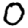
Digit: 0